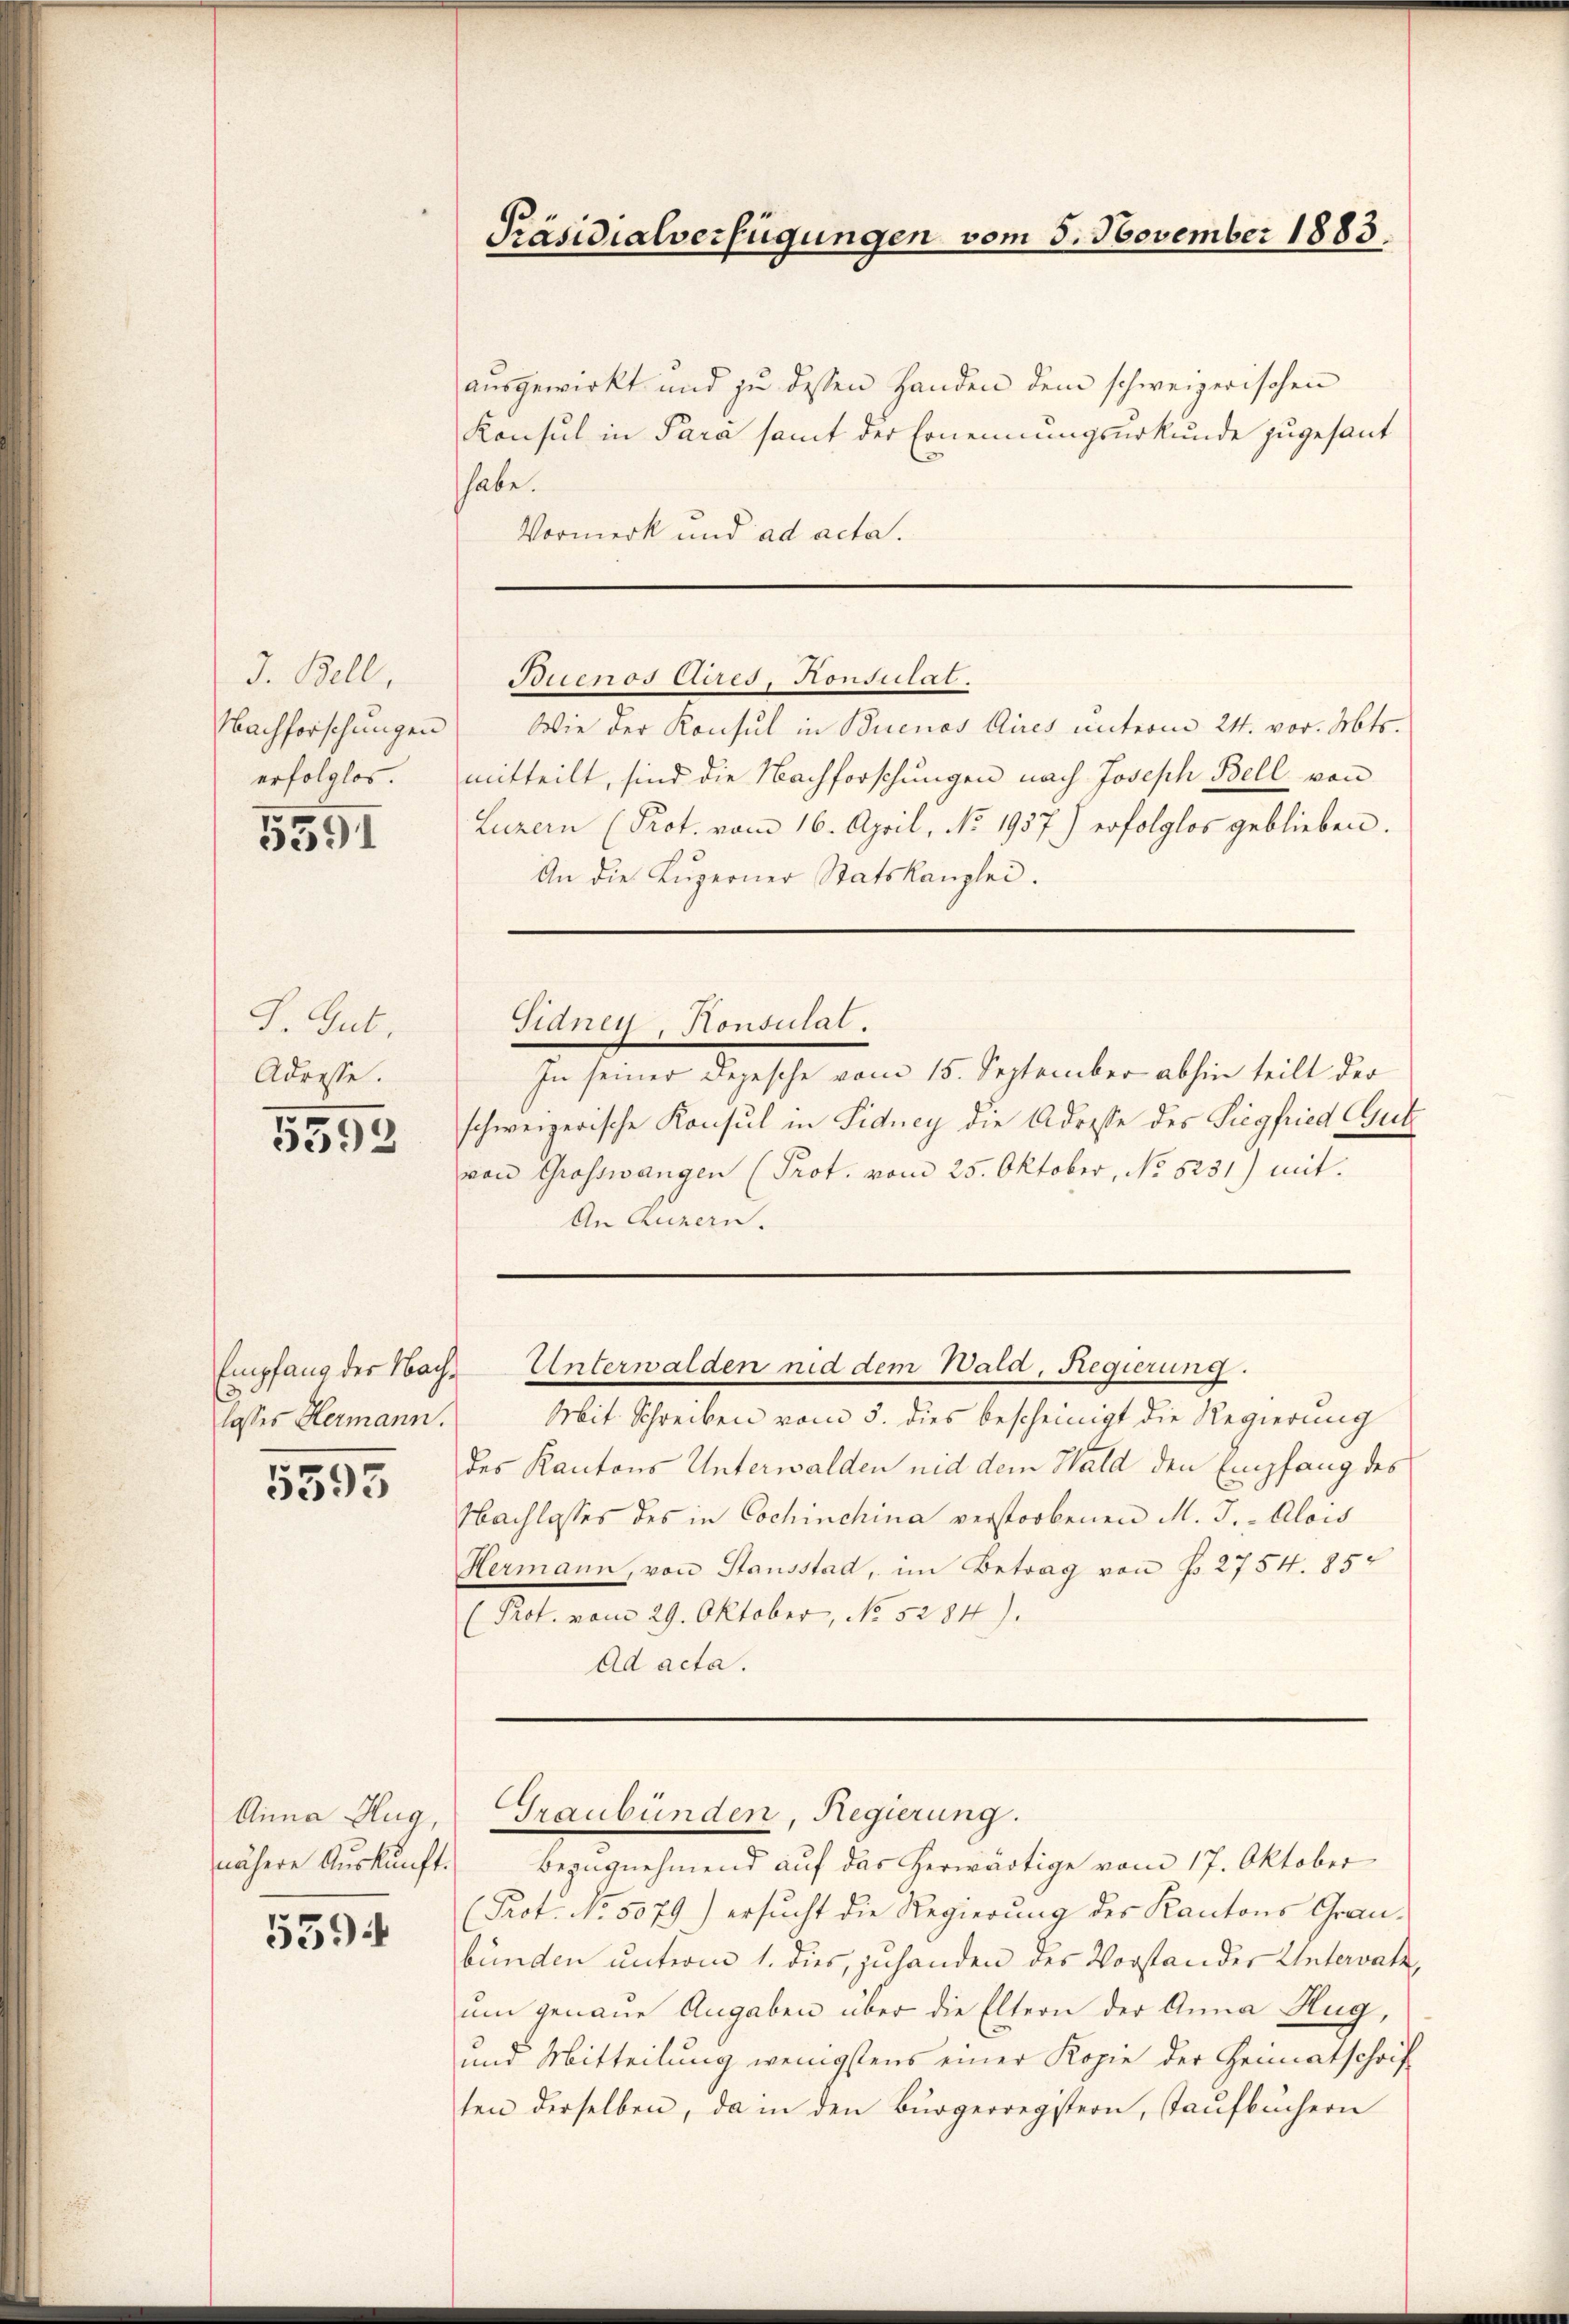
J. Bell,
Nachforschungen
erfolglos.

5391

J. Gut.
Adresse.

5392

Empfang der Nachlosses Hermann.

5593

nähere Auskunft.

5594

Präsidialverfügungen vom 5. November 1883.

ausgewirkt und zu dessen Handen dem schweizerischen
Konsul in Para samt der Ernennungsurkunde zugesant
habe.
Vormerk und ad acta.

Buenos Aires, Honsulat.

Wie der Konsul in Buenos Aires unterm 24. vor. Mts.
mitteilt, sind die Nachforschungen nach Joseph Bell von
Luzern (Prot. vom 16. April, No 1937.) erfolglos geblieben.
An die Luzerner Statskanzlei.
Stanen, Honsulat.
In seiner Depesche vom 15. September abhin teilt der
schweizerische Konsul in Sidney die Adresse des Siegfried Cur
von Grosswangen (Prot. vom 25. Oktober, No 5251) mit
An Luzern.
Unterwalden und dem Wald, Regierung.
Mit Schreiben vom 5. dies bescheinigt die Regierung
des Kantons Unterwalden nid dem Wald den Empfang des
Nachlasses des in Cochinchina verstorbenen M. J. - Alois
Hermann, von Stausstad, im Betrag von No 2754. 85
(Prot. vom 29. Oktober, No. 5284).
Ad acta.

Anna Hug, Graubünden, Regierung.

Bezugnehmend auf das herwärtige vom 17. Oktober
Prot. No. 5079) ersucht die Regierung des Kantons Grau-
bünden unterm 1. dies, zuhanden des Vorstander Untervate,
um genaue Angaben über die Eltern der Anna Hug,
und Mitteilung wenigstens einer Kopie der Heimatschrif
ten derselben, da in den Bürgerregistern, Taufbüchern